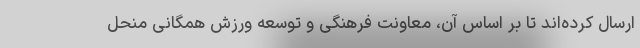
ارسال کرده‌اند تا بر اساس آن، معاونت فرهنگی و توسعه ورزش همگانی منحل